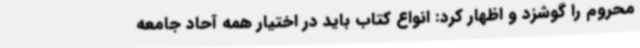
محروم را گوشزد و اظهار کرد: انواع کتاب باید در اختیار همه آحاد جامعه